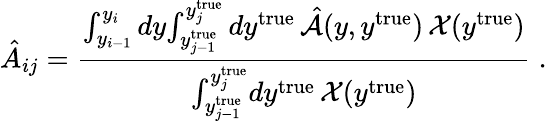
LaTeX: \hat{A}_{ij}=\frac{{\int_{y_{i-1}}^{y_{i}}dy{\int_{y_{j-1}^{\mathrm{true}}}^{y_{j}^{\mathrm{true}}}dy^{\mathrm{true}}\, \hat{\cal{A}}(y,y^{\mathrm{true}})\, {\cal{X}}(y^{\mathrm{true}})}}}{{\int_{y_{j-1}^{\mathrm{true}}}^{y_{j}^{\mathrm{true}}}}dy^{\mathrm{true}}\, {\cal{X}}(y^{\mathrm{true}})}\; .